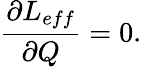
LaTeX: \frac{\partial L_{eff}}{\partial Q}=0.